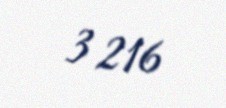
3 216